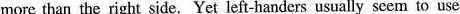
more than the right side. Yet left-handers usually seem to use